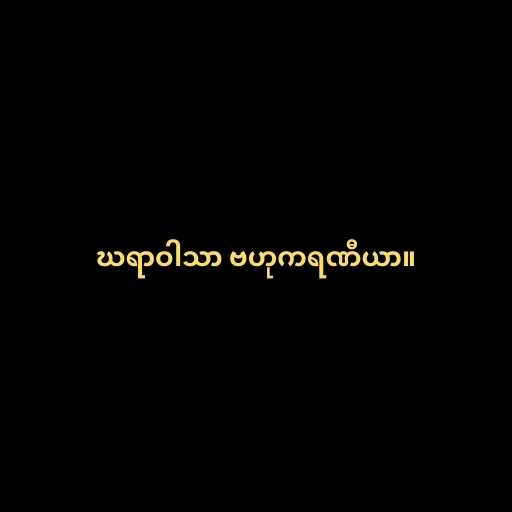
ဃရာဝါသာ ဗဟုကရဏီယာ။